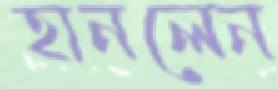
হানলেন